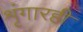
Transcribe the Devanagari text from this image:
शृंगारही